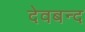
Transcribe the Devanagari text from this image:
देवबन्‍द